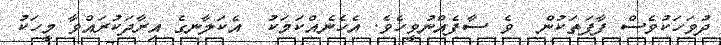
ދުވަހަކުވެސް ފާފަތަކުން  ވެ ސާފެއްނުވީހެވެ. އެހެނެއްކަމަކު  އެކަލާނގެ އިރާދަކުރައްވާ މީހަކު